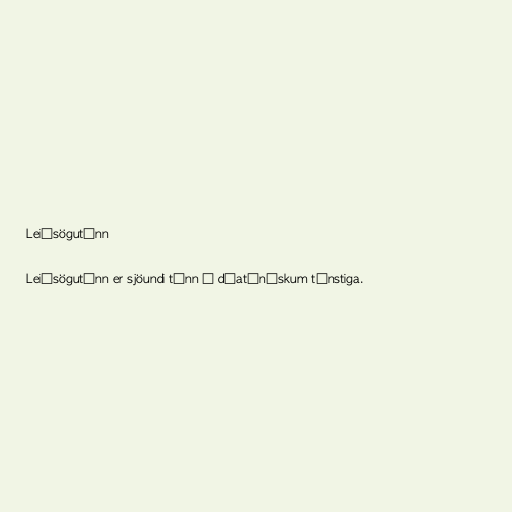
Leiðsögutónn

Leiðsögutónn er sjöundi tónn í díatónískum tónstiga.